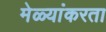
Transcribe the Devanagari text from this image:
मेळ्यांकरता